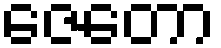
ဇေတော